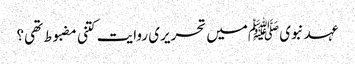
عہد نبوی ﷺمیں تحریری روایت کتنی مضبوط تھی؟